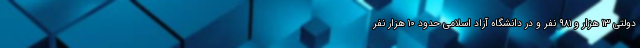
دولتی ۱۳ هزار و ۹۸۱ نفر و در دانشگاه آزاد اسلامی حدود ۱۰ هزار نفر